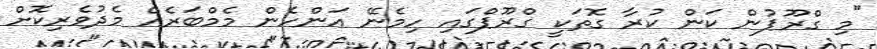
"މި ގްރޫޕުން ކަން ކުރާ ގޮތަކީ ގްރޫޕްގައި ހިމެނޭ އަންހެން މެމްބަރެއް މެދުވެރިކޮށް